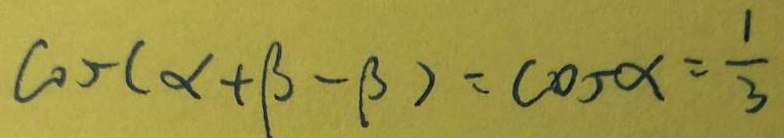
\cos ( \alpha + \beta - \beta ) = \cos \alpha = \frac { 1 } { 3 }